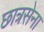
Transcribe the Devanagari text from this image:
छात्रसेना